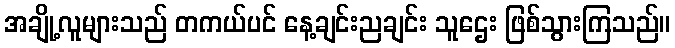
အချို့လူများသည် တကယ်ပင် နေ့ချင်းညချင်း သူဌေး ဖြစ်သွားကြသည်။